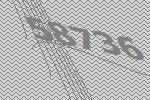
58736